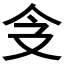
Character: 𠇀